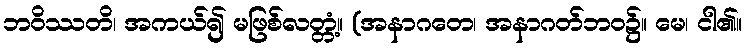
ဘဝိဿတိ၊ အကယ်၍ မဖြစ်လတ္တံ့။ (အနာဂတေ၊ အနာဂတ်ဘဝ၌။ မေ၊ ငါ၏။